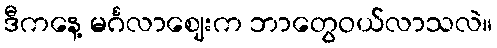
ဒီကနေ့ မင်္ဂလာဈေးက ဘာတွေဝယ်လာသလဲ။